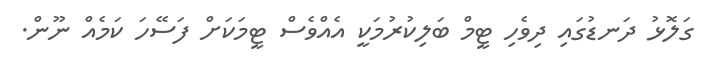
ގަލޮޅު ދަނޑުގައި ދިވެހި ޓީމް ބަލިކުރުމަކީ އެއްވެސް ޓީމަކަށް ފަސޭހަ ކަމެއް ނޫން.